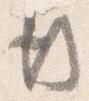
行